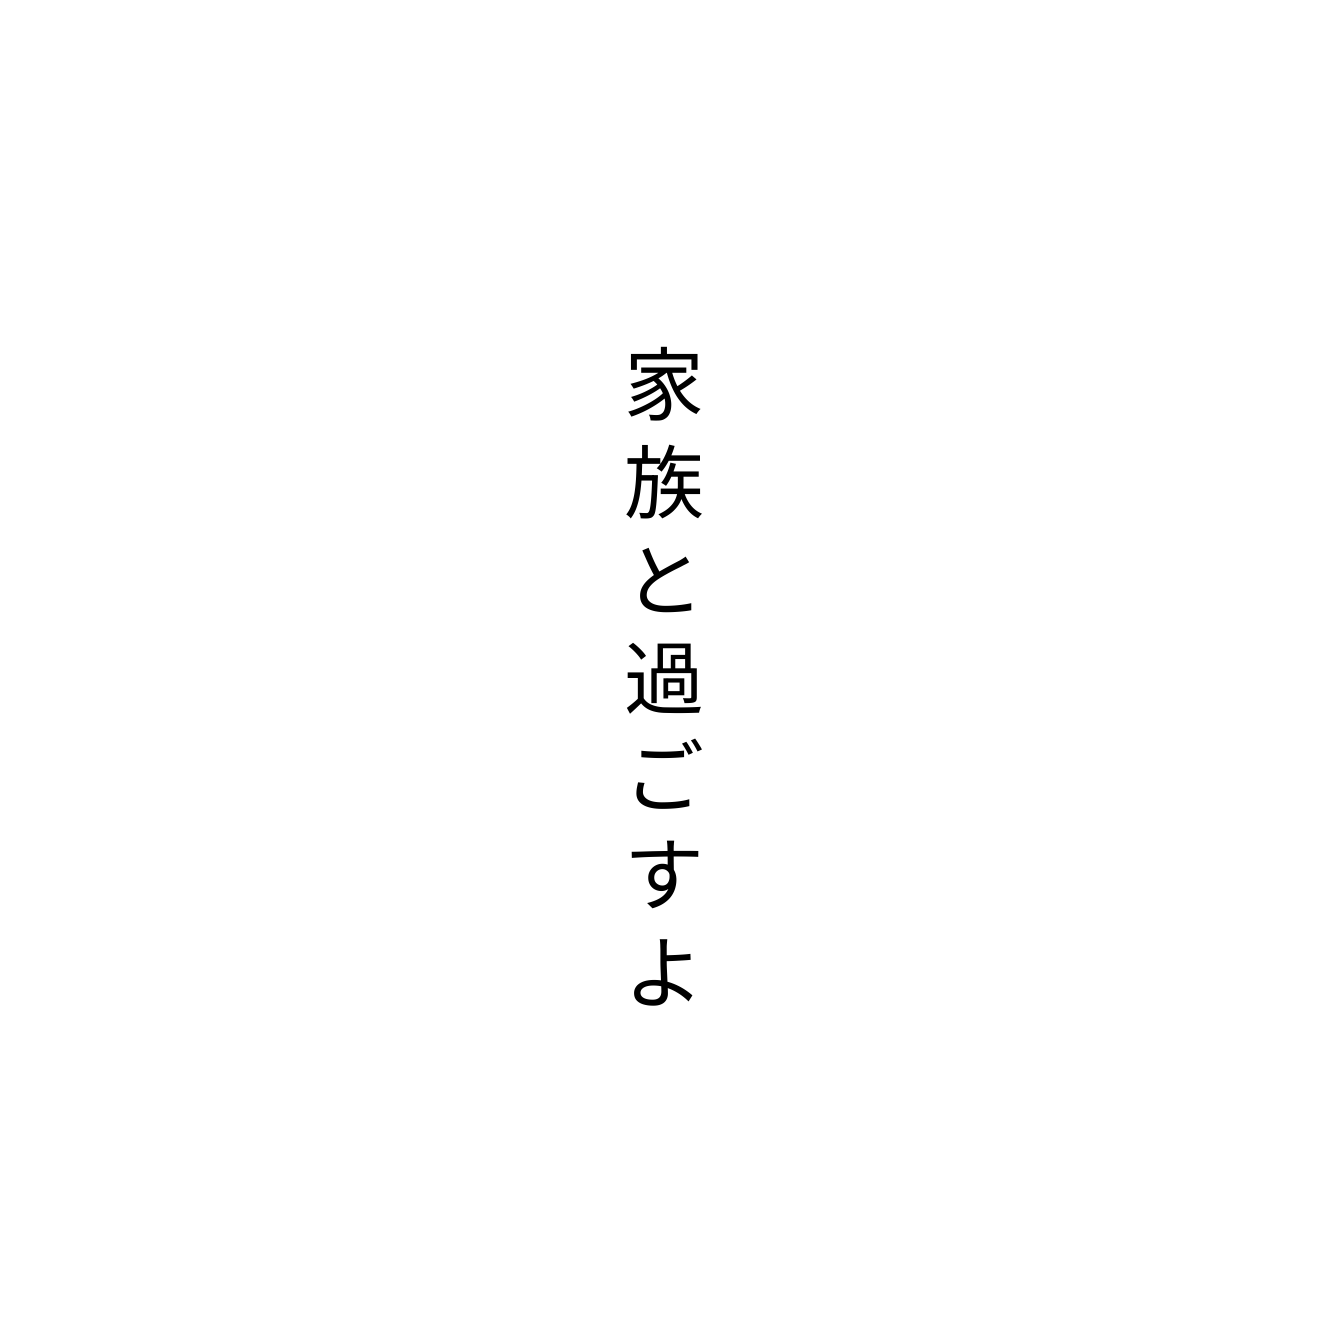
家族と過ごすよ